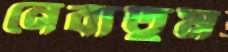
নেবাতুম